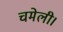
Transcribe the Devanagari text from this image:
चमेली।